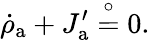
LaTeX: \dot{\rho}_{\mathrm{a}}+J_{\mathrm{a}}^{\prime}\stackrel{\circ}{=}0.